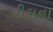
ટીકાના